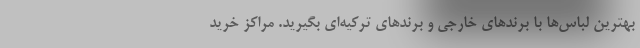
بهترین لباس‌ها با برندهای خارجی و برندهای ترکیه‌ای بگیرید. مراکز خرید